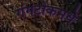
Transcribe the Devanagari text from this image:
गंगटोकमधे